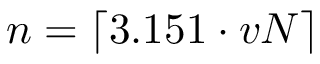
n = \left\lceil 3 . 1 5 1 \cdot v N \right\rceil